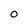
Character: 0